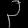
Digit: ၃